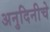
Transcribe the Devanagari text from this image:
अनुदिनीचे